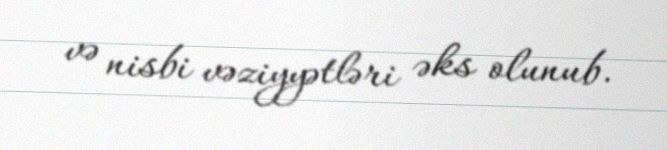
və nisbi vəziyyətləri əks olunub.